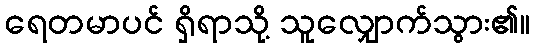
ရေတမာပင် ရှိရာသို့ သူလျှောက်သွား၏။